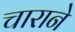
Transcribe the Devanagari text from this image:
चाराने